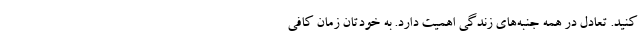
کنید. تعادل در همه جنبه‌های زندگی اهمیت دارد. به خودتان زمان کافی